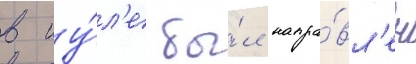
в иу́л'е бы́л напра́вл'ен